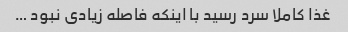
غذا کاملا سرد رسید با اینکه فاصله زیادی نبود …